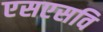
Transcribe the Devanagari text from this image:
एसएसवि